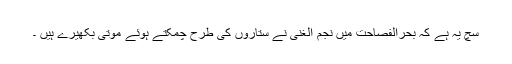
سچ یہ ہے کہ بحرالفصاحت میں نجم الغنی نے ستاروں کی طرح چمکتے ہوئے موتی بکھیرے ہیں ۔